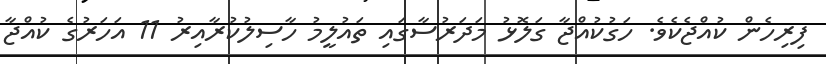
ފިރިހެން ކުއްޖެކެވެ. ހަގުކުއްޖާ ގަލޮޅު މަދަރުސާގައި ތައުލީމު ހާސިލުކުރާއިރު 11 އަހަރުގެ ކުއްޖާ